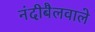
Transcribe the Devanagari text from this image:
नंदीबैलवाले